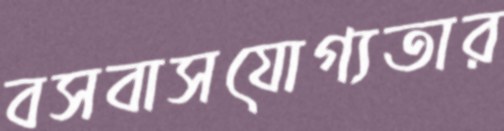
বসবাসযোগ্যতার